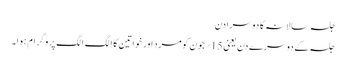
جلسہ سالانہ کا دوسرا دن
جلسہ کے دوسرے دن یعنی 15؍ جون کو مرد اور خواتین کا الگ الگ پروگرام ہوا۔